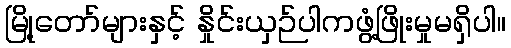
မြို့တော်များနှင့် နှိုင်းယှဉ်ပါကဖွံ့ဖြိုးမှုမရှိပါ။